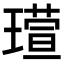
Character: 𪼘